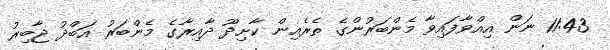
11:43 ނަން އިއްވާފައިވާ މެންބަރުންގެ ތެރެއިން ކާށިދޫ ދާއިރާގެ މެންބަރު އަބްދު ޖާބިރު